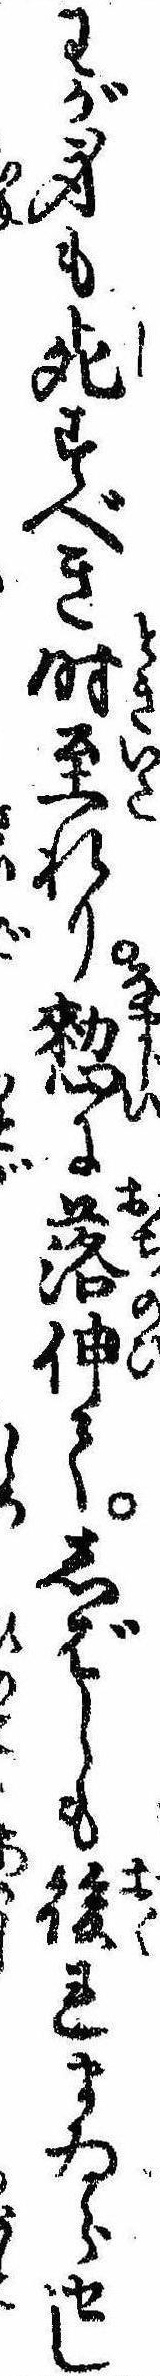
わが身も死すべき時至れり憖に落伸てしばしも後れまゐらせし